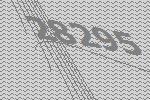
28295